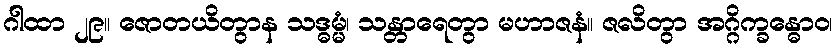
ဂါထာ ၂၉။ ဇောတယိတွာန သဒ္ဓမ္မံ၊ သန္တာရေတွာ မဟာဇနံ။ ဇလိတွာ အဂ္ဂိက္ခန္ဓောဝ၊